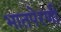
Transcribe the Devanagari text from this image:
भातपेरणी